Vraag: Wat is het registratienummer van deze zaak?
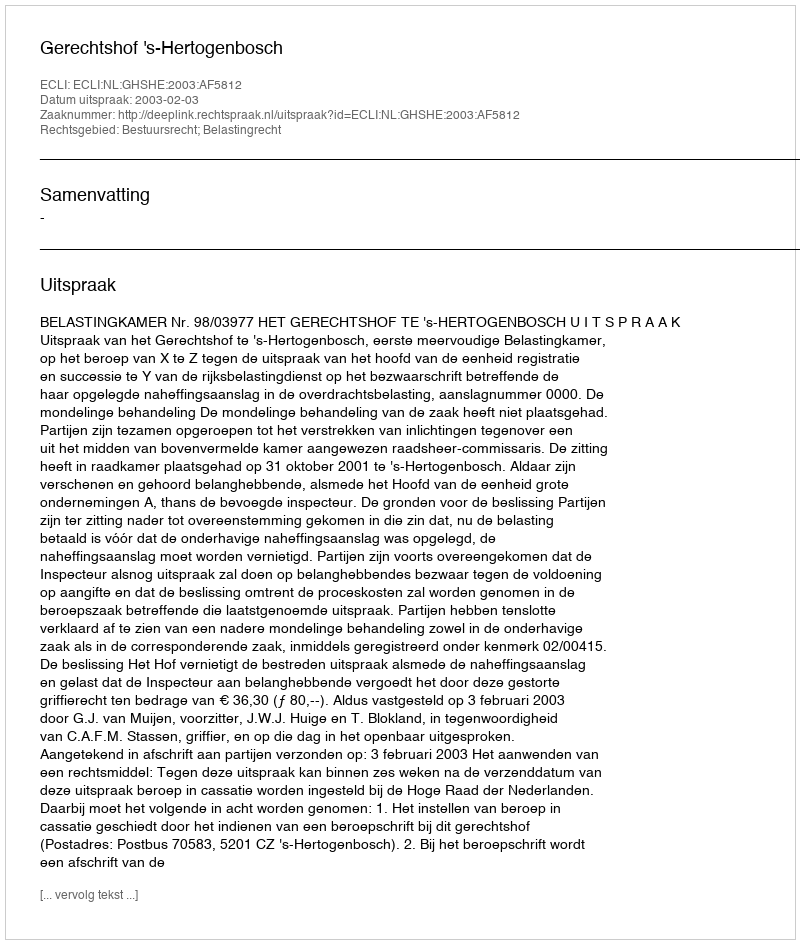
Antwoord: http://deeplink.rechtspraak.nl/uitspraak?id=ECLI:NL:GHSHE:2003:AF5812